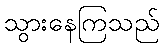
သွားနေကြသည်